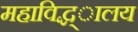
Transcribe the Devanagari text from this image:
महाविद्ध्ालय